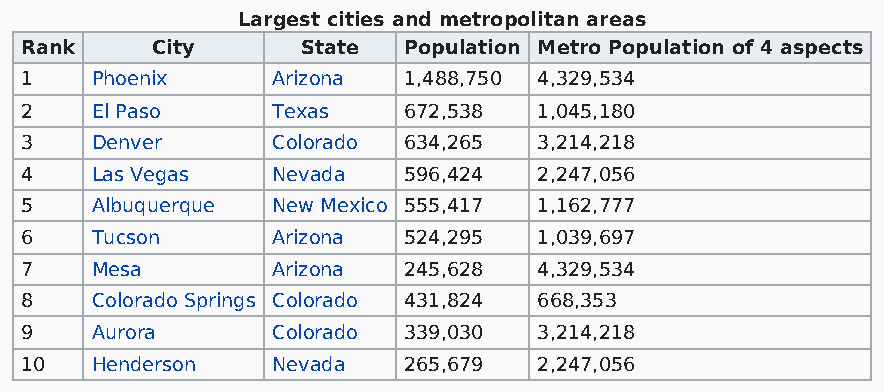
Largest cities and metropolitan areas
 Rank     City      State  Population Metro Population of 4 aspects
 1    Phoenix     Arizona  1,488,750 4,329,534
 2    El Paso     Texas    672,538  1,045,180
 3    Denver      Colorado 634,265  3,214,218
 4    Las Vegas   Nevada   596,424  2,247,056
 5    Albuquerque New Mexico 555,417 1,162,777
 6    Tucson      Arizona  524,295  1,039,697
 7    Mesa        Arizona  245,628  4,329,534
 8    Colorado Springs Colorado 431,824 668,353
 9    Aurora      Colorado 339,030  3,214,218
 10   Henderson   Nevada   265,679  2,247,056